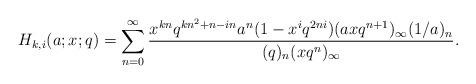
LaTeX: \begin{align*}H_{k,i}(a;x;q)=\sum_{n=0}^{\infty}\frac{x^{kn}q^{kn^2+n-in}a^n(1-x^iq^{2ni})(axq^{n+1})_{\infty}(1/a)_n}{(q)_n(xq^n)_\infty}.\end{align*}